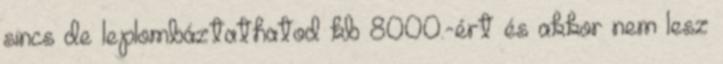
sincs de leplombáztathatod kb 8000.-ért és akkor nem lesz